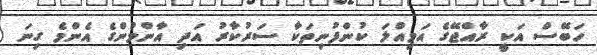
ހަބޭސް އަކީ ރާއްޖޭގެ އަމިއްލަ ކުންފުނިތަކާ ސަރުކާރު އަދި އާންމުންގެ އެންމެ ގިނަ